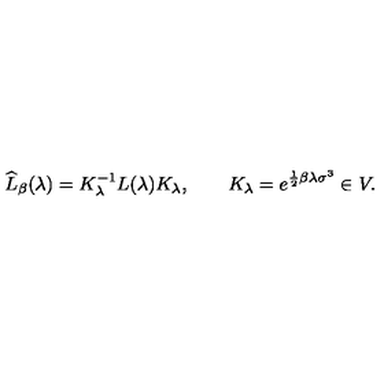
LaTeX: \widehat { L } _ { \beta } ( \lambda ) = K _ { \lambda } ^ { - 1 } L ( \lambda ) K _ { \lambda } , \qquad K _ { \lambda } = e ^ { \frac 1 2 \beta \lambda \sigma ^ { 3 } } \in V .